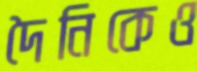
দৈনিকেও